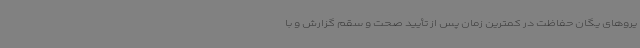
یروهای یگان حفاظت در کمترین زمان پس از تأیید صحت و سقم گزارش و با